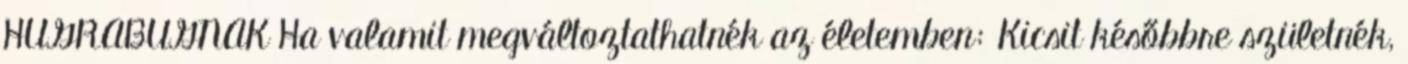
HUGRABUGNAK Ha valamit megváltoztathatnék az életemben: Kicsit későbbre születnék,